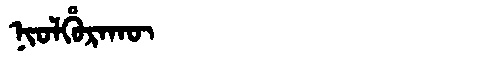
Manchu: ᠨᡳᠣᠯᡥᡠᡵᠠᡴᡡ
Romanization: NIOLHURAKŪ